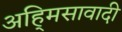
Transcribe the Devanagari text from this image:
अहि्मसावादी